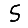
Digit: 5